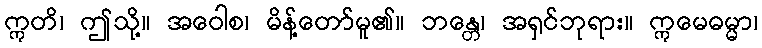
ဣတိ၊ ဤသို့။ အဝေါစ၊ မိန့်တော်မူ၏။ ဘန္တေ၊ အရှင်ဘုရား။ ဣမေဓမ္မာ၊